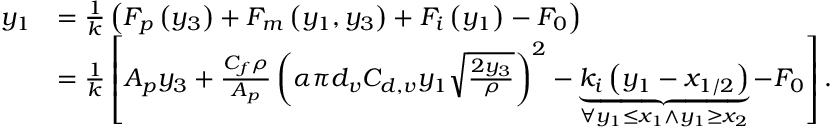
\begin{array} { r l } { y _ { 1 } } & { = \frac { 1 } { k } \left( F _ { p } \left( y _ { 3 } \right) + F _ { m } \left( y _ { 1 } , y _ { 3 } \right) + F _ { i } \left( y _ { 1 } \right) - F _ { 0 } \right) } \\ & { = \frac { 1 } { k } \left[ A _ { p } y _ { 3 } + \frac { C _ { f } \rho } { A _ { p } } \left( \alpha \pi d _ { v } C _ { d , v } y _ { 1 } \sqrt { \frac { 2 y _ { 3 } } { \rho } } \right) ^ { 2 } - \underbrace { k _ { i } \left( y _ { 1 } - x _ { 1 / 2 } \right) } _ { \forall y _ { 1 } \leq x _ { 1 } \land y _ { 1 } \geq x _ { 2 } } - F _ { 0 } \right] . } \end{array}